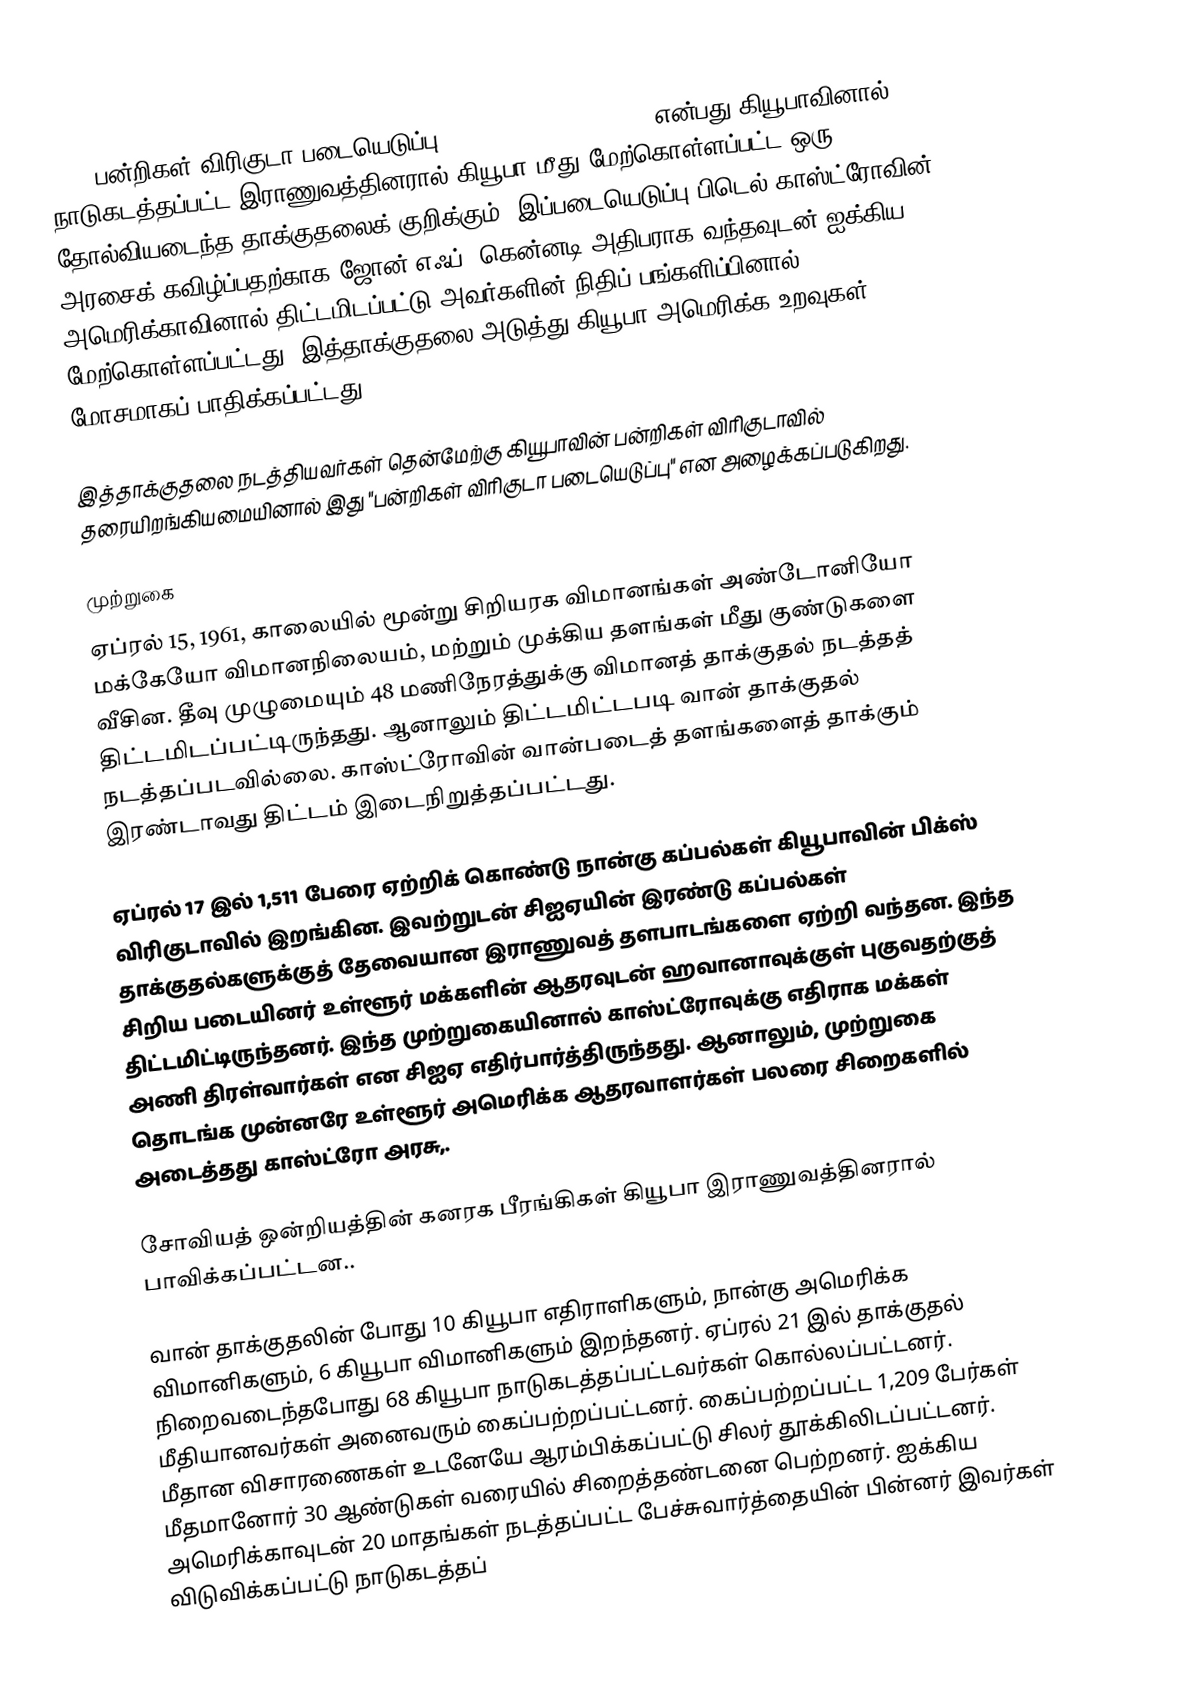
1961 பன்றிகள் விரிகுடா படையெடுப்பு (Bay of Pigs Invasion) என்பது கியூபாவினால் நாடுகடத்தப்பட்ட இராணுவத்தினரால் கியூபா மீது மேற்கொள்ளப்பட்ட ஒரு தோல்வியடைந்த தாக்குதலைக் குறிக்கும். இப்படையெடுப்பு பிடெல் காஸ்ட்ரோவின் அரசைக் கவிழ்ப்பதற்காக ஜோன் எஃப். கென்னடி அதிபராக வந்தவுடன் ஐக்கிய அமெரிக்காவினால் திட்டமிடப்பட்டு அவர்களின் நிதிப் பங்களிப்பினால் மேற்கொள்ளப்பட்டது. இத்தாக்குதலை அடுத்து கியூபா-அமெரிக்க உறவுகள் மோசமாகப் பாதிக்கப்பட்டது.

இத்தாக்குதலை நடத்தியவர்கள் தென்மேற்கு கியூபாவின் பன்றிகள் விரிகுடாவில் தரையிறங்கியமையினால் இது "பன்றிகள் விரிகுடா படையெடுப்பு" என அழைக்கப்படுகிறது.

முற்றுகை
ஏப்ரல் 15, 1961, காலையில் மூன்று சிறியரக விமானங்கள் அண்டோனியோ மக்கேயோ விமானநிலையம், மற்றும் முக்கிய தளங்கள் மீது குண்டுகளை வீசின. தீவு முழுமையும் 48 மணிநேரத்துக்கு விமானத் தாக்குதல் நடத்தத் திட்டமிடப்பட்டிருந்தது. ஆனாலும் திட்டமிட்டபடி வான் தாக்குதல் நடத்தப்படவில்லை. காஸ்ட்ரோவின் வான்படைத் தளங்களைத் தாக்கும் இரண்டாவது திட்டம் இடைநிறுத்தப்பட்டது.

ஏப்ரல் 17 இல் 1,511 பேரை ஏற்றிக் கொண்டு நான்கு கப்பல்கள் கியூபாவின் பிக்ஸ் விரிகுடாவில் இறங்கின. இவற்றுடன் சிஐஏயின் இரண்டு கப்பல்கள் தாக்குதல்களுக்குத் தேவையான இராணுவத் தளபாடங்களை ஏற்றி வந்தன. இந்த சிறிய படையினர் உள்ளூர் மக்களின் ஆதரவுடன் ஹவானாவுக்குள் புகுவதற்குத் திட்டமிட்டிருந்தனர். இந்த முற்றுகையினால் காஸ்ட்ரோவுக்கு எதிராக மக்கள் அணி திரள்வார்கள் என சிஐஏ எதிர்பார்த்திருந்தது. ஆனாலும், முற்றுகை தொடங்க முன்னரே உள்ளூர் அமெரிக்க ஆதரவாளர்கள் பலரை சிறைகளில் அடைத்தது காஸ்ட்ரோ அரசு,.

சோவியத் ஒன்றியத்தின் கனரக பீரங்கிகள் கியூபா இராணுவத்தினரால் பாவிக்கப்பட்டன..

வான் தாக்குதலின் போது 10 கியூபா எதிராளிகளும், நான்கு அமெரிக்க விமானிகளும், 6 கியூபா விமானிகளும் இறந்தனர். ஏப்ரல் 21 இல் தாக்குதல் நிறைவடைந்தபோது 68 கியூபா நாடுகடத்தப்பட்டவர்கள் கொல்லப்பட்டனர். மீதியானவர்கள் அனைவரும் கைப்பற்றப்பட்டனர். கைப்பற்றப்பட்ட 1,209 பேர்கள் மீதான விசாரணைகள் உடனேயே ஆரம்பிக்கப்பட்டு சிலர் தூக்கிலிடப்பட்டனர். மீதமானோர் 30 ஆண்டுகள் வரையில் சிறைத்தண்டனை பெற்றனர். ஐக்கிய அமெரிக்காவுடன் 20 மாதங்கள் நடத்தப்பட்ட பேச்சுவார்த்தையின் பின்னர் இவர்கள் விடுவிக்கப்பட்டு நாடுகடத்தப்